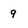
Character: 9